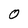
Character: 0